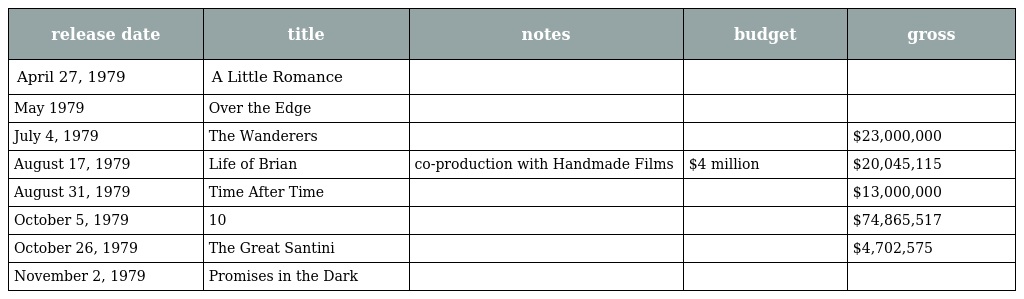
| release date | title | notes | budget | gross |
 | --- | --- | --- | --- | --- |
 | April 27, 1979 | A Little Romance |  |  |  |
 | May 1979 | Over the Edge |  |  |  |
 | July 4, 1979 | The Wanderers |  |  | $23,000,000 |
 | August 17, 1979 | Life of Brian | co-production with Handmade Films | $4 million | $20,045,115 |
 | August 31, 1979 | Time After Time |  |  | $13,000,000 |
 | October 5, 1979 | 10 |  |  | $74,865,517 |
 | October 26, 1979 | The Great Santini |  |  | $4,702,575 |
 | November 2, 1979 | Promises in the Dark |  |  |  |